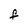
Character: f